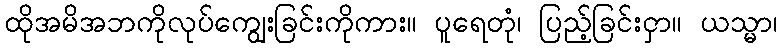
ထိုအမိအဘကိုလုပ်ကျွေးခြင်းကိုကား။ ပူရေတုံ၊ ပြည့်ခြင်းငှာ။ ယသ္မာ၊